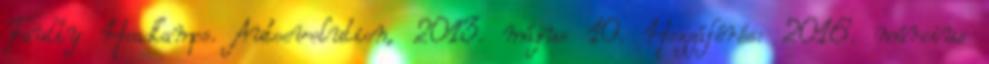
Faulty Headlamps. Autoevolution, 2013. május 10. Hozzáférés: 2016. március